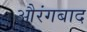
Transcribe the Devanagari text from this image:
औरंगबाद